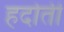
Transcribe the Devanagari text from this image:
हदोती